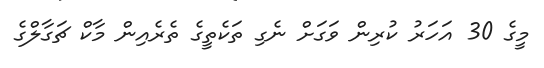
މީގެ 30 އަހަރު ކުރިން ވަގަށް ނެގި ތަކެތީގެ ތެރެއިން މާކް ޗަގާލްގެ